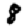
Digit: 8